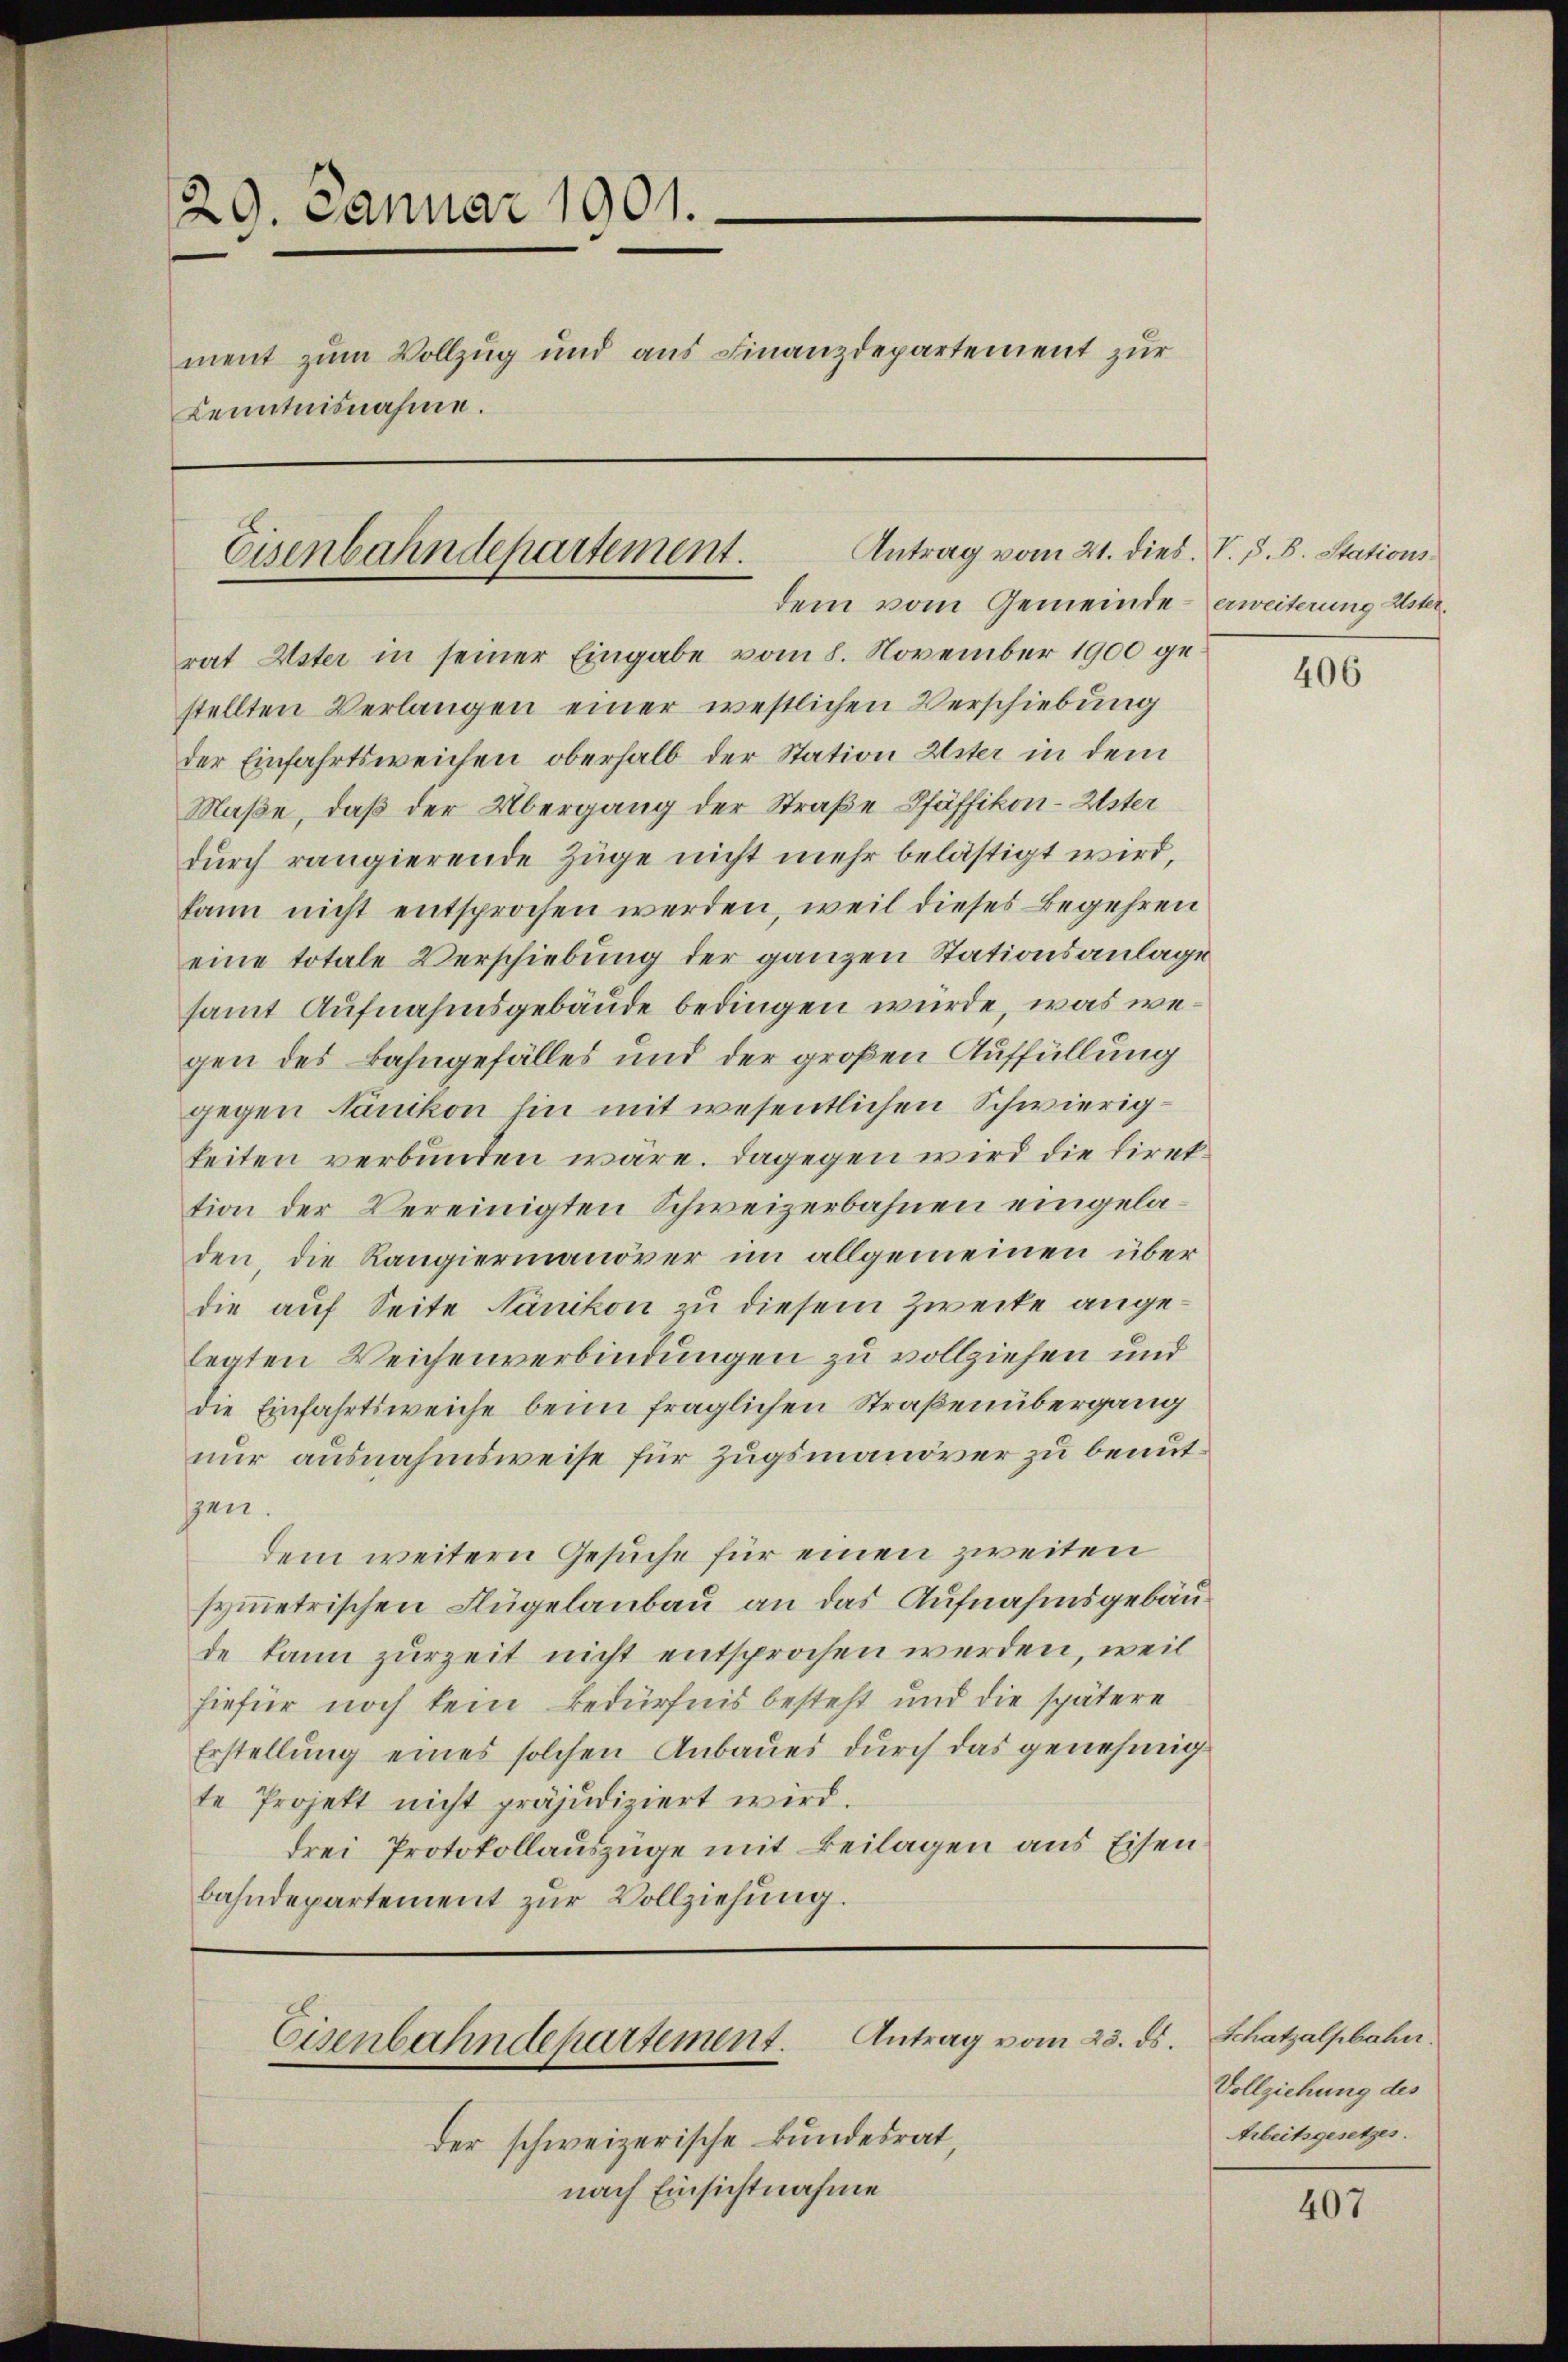
29. Januar 1901.
ment zum Vollzug und aus Finanzdepartement zur
Kenntnisnahme.
Antrag vom 21. dies. V. P. B. Stations¬
Eisenbahndepartement.

dem vom Gemeinde erweiterung Uster¬

rat Uster in seiner Eingabe vom 8. November 1900 gestellten Verlangen einer westlichen Verschiebung
der Einfahrtsweichen oberhalb der Station Uster in dem
Maße, daß der Übergang der Straße Pfäffikon-Uster
durch rangierende Züge nicht mehr belästigt wird,
kann nicht entsprochen werden, weil dieses Begehren
eine totale Verschiebung der ganzen Stationsanlage
samt Aufnahmsgebäude bedingen wurde, was wegen des Bahngefälles und der großen Auffüllung
gegen Nänikon hin mit wesentlichen Schwierigkeiten verbunden wäre. Dagegen wird die direttion der Vereinigten Schweizerbahnen eingeladen, die Rangiermanöver im allgemeinen über
die auf Seite Nänikon zu diesem Zwecke angelegten Weichenverbindungen zu vollziehen und
die Einfahrtsweiche beim fraglichen Straßenübergang
nur ausnahmsweise für Zugsmanöver zu benutsen.
dem weitern Gesuche für einen zweiten
symmetrischen Flügelaubau an das Aufnahmsgebäude kann zurzeit nicht entsprochen werden, weil
hiefür noch kein Bedürfnis besteht und die spätere
Erstellung eines solchen Anbaues durch das genehmig
te Projekt nicht präjudiziert wird.
drei Protokollauszüge mit Beilagen aus Eisen
bahndepartement zur Vollziehung.

der schweizerische Bundesrat,
nach Einsichtnahme

Eisenbahndepartement. Antrag vom 25. ds.

406

Schatzalpbahn.
Vollziehung des
Arbeitsgesetzes.

407